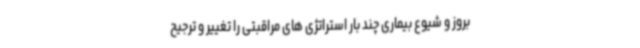
بروز و شیوع بیماری چند بار استراتژی های مراقبتی را تغییر و ترجیح